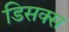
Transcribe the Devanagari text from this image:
डिसक्स